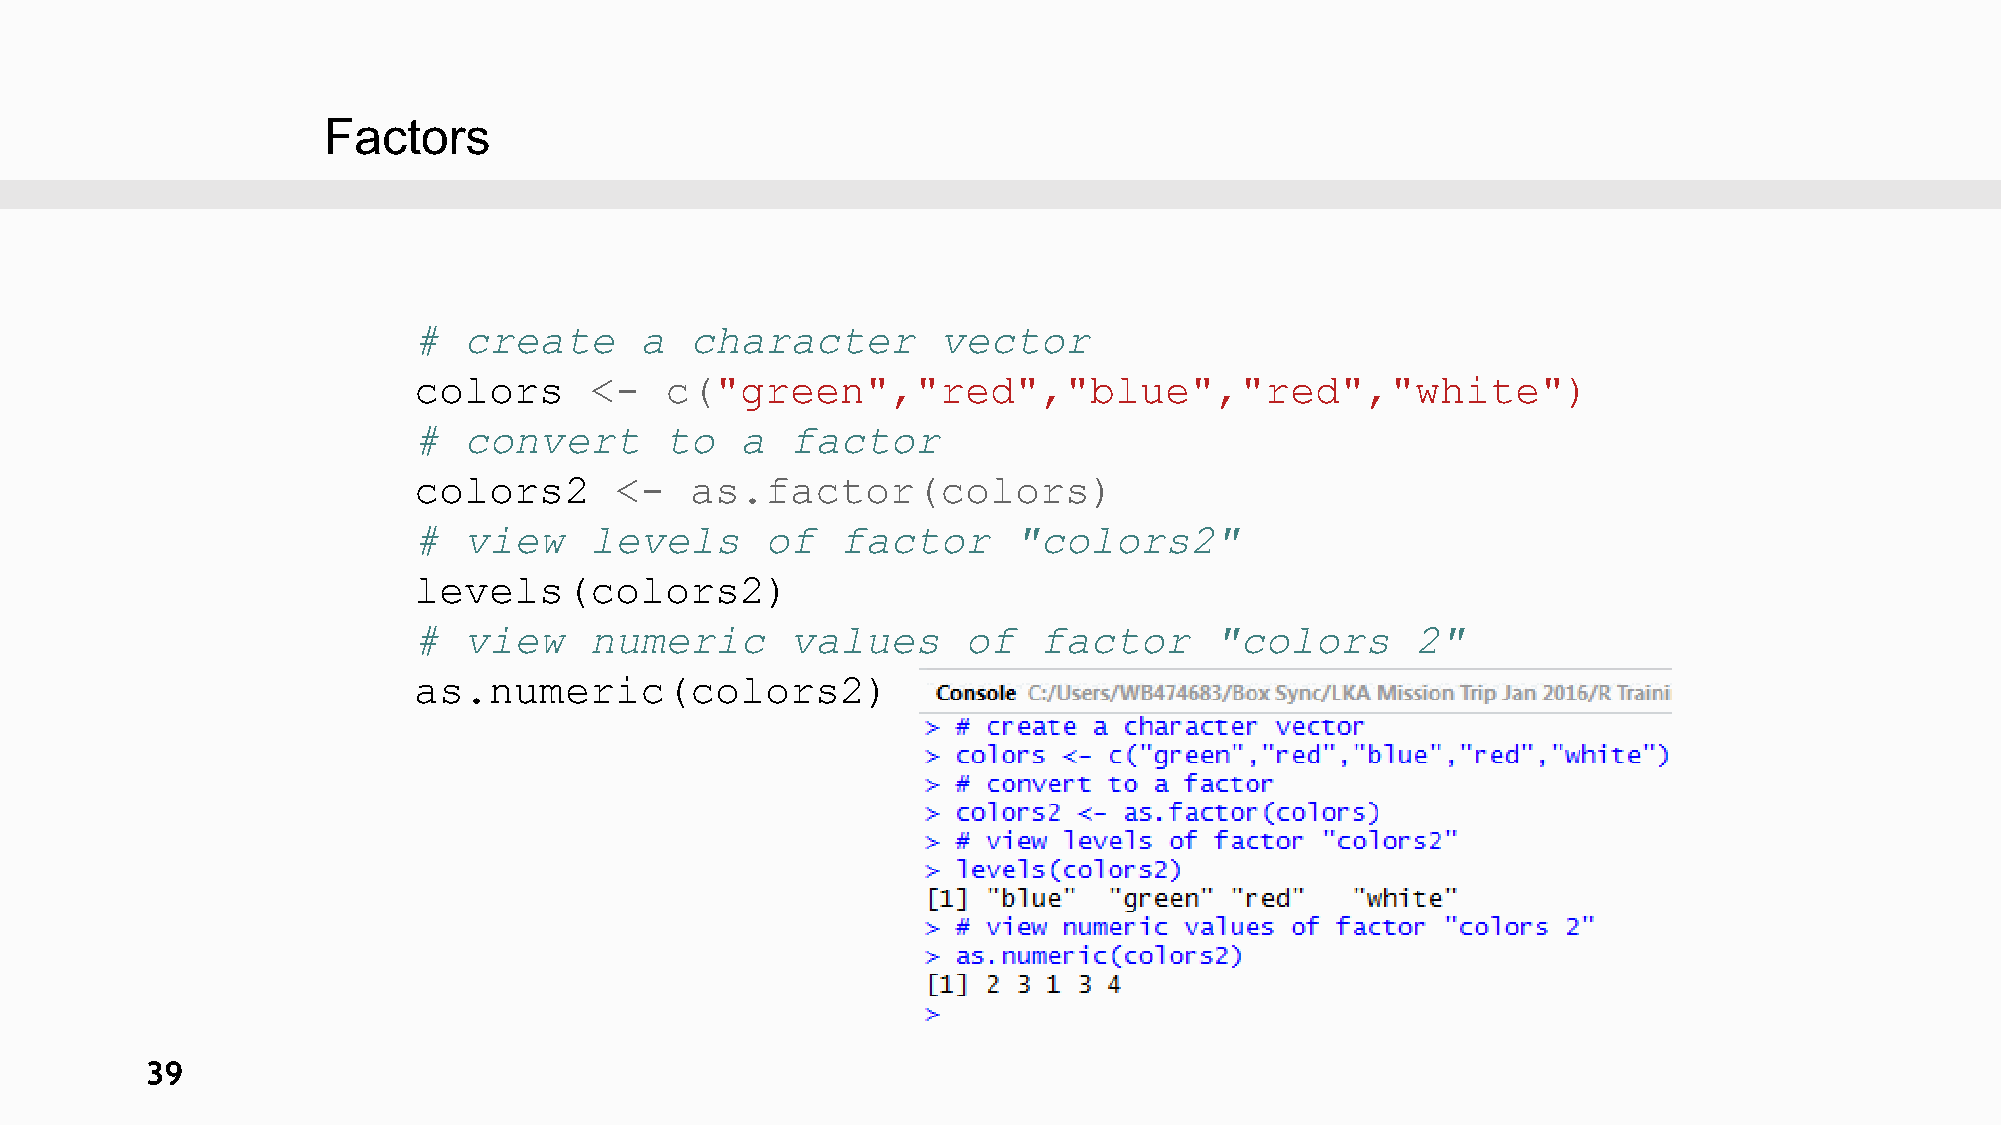
Factors
 #   create     a   character       vector
 colors      <-   c("green","red","blue","red","white")
 #   convert      to   a  factor
 colors2       <-   as.factor(colors)
 #   view    levels      of   factor     "colors2"
 levels(colors2)
 #   view    numeric      values      of   factor     "colors       2"
 as.numeric(colors2)
 39